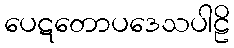
ပေဋတောပဒေသပါဠိ